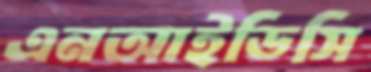
এনআইডিসি